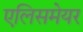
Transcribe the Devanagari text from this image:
एलिसमेयर